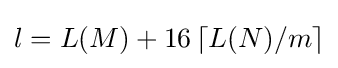
l=L(M)+16\left\lceil L(N)/m\right\rceil